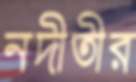
নদীতীর